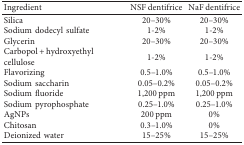
<table><thead><tr><td><b>Ingredient</b></td><td><b>NSF dentifrice</b></td><td><b>NaF dentifrice</b></td></tr></thead><tbody><tr><td>Silica</td><td>20–30%</td><td>20–30%</td></tr><tr><td>Sodium dodecyl sulfate</td><td>1-2%</td><td>1-2%</td></tr><tr><td>Glycerin</td><td>20–30%</td><td>20–30%</td></tr><tr><td>Carbopol + hydroxyethyl cellulose</td><td>1-2%</td><td>1-2%</td></tr><tr><td>Flavorizing</td><td>0.5–1.0%</td><td>0.5–1.0%</td></tr><tr><td>Sodium saccharin</td><td>0.05–0.2%</td><td>0.05–0.2%</td></tr><tr><td>Sodium fluoride</td><td>1,200 ppm</td><td>1,200 ppm</td></tr><tr><td>Sodium pyrophosphate</td><td>0.25–1.0%</td><td>0.25–1.0%</td></tr><tr><td>AgNPs</td><td>200 ppm</td><td>0%</td></tr><tr><td>Chitosan</td><td>0.3–1.0%</td><td>0%</td></tr><tr><td>Deionized water</td><td>15–25%</td><td>15–25%</td></tr></tbody></table>